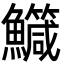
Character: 鱵